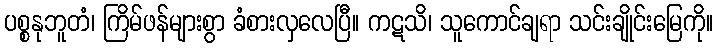
ပစ္စနုဘူတံ၊ ကြိမ်ဖန်များစွာ ခံစားလှလေပြီ။ ကဋသိ၊ သူကောင်ချရာ သင်းချိုင်းမြေကို။